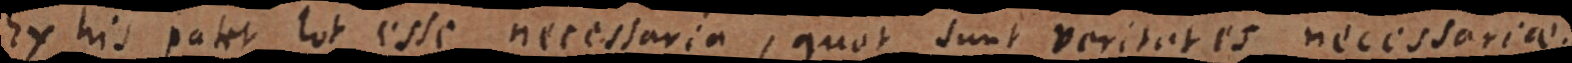
Ex his patet tot esse necessaria, quot sunt veritates necessariae